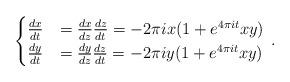
LaTeX: \begin{align*}\begin{cases}\frac{dx}{dt} & = \frac{dx}{dz} \frac{dz}{dt} = -2\pi i x(1 + e^{4\pi it}xy)\\\frac{dy}{dt} & = \frac{dy}{dz} \frac{dz}{dt} = -2\pi i y(1 + e^{4\pi it}xy)\end{cases} \, .\end{align*}